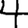
Digit: 4